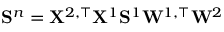
\mathbf S ^ { n } = \mathbf { X } ^ { 2 , \top } \mathbf { X } ^ { 1 } \mathbf { S } ^ { 1 } \mathbf { W } ^ { 1 , \top } \mathbf { W } ^ { 2 }